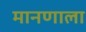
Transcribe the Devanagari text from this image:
मानणाला